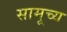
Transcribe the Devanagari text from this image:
सामूच्य